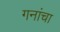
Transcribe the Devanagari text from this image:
गनांचा